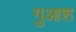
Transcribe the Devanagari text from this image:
गुआश